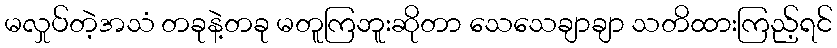
မလှုပ်တဲ့အသံ တခုနဲ့တခု မတူကြဘူးဆိုတာ သေသေချာချာ သတိထားကြည့်ရင်